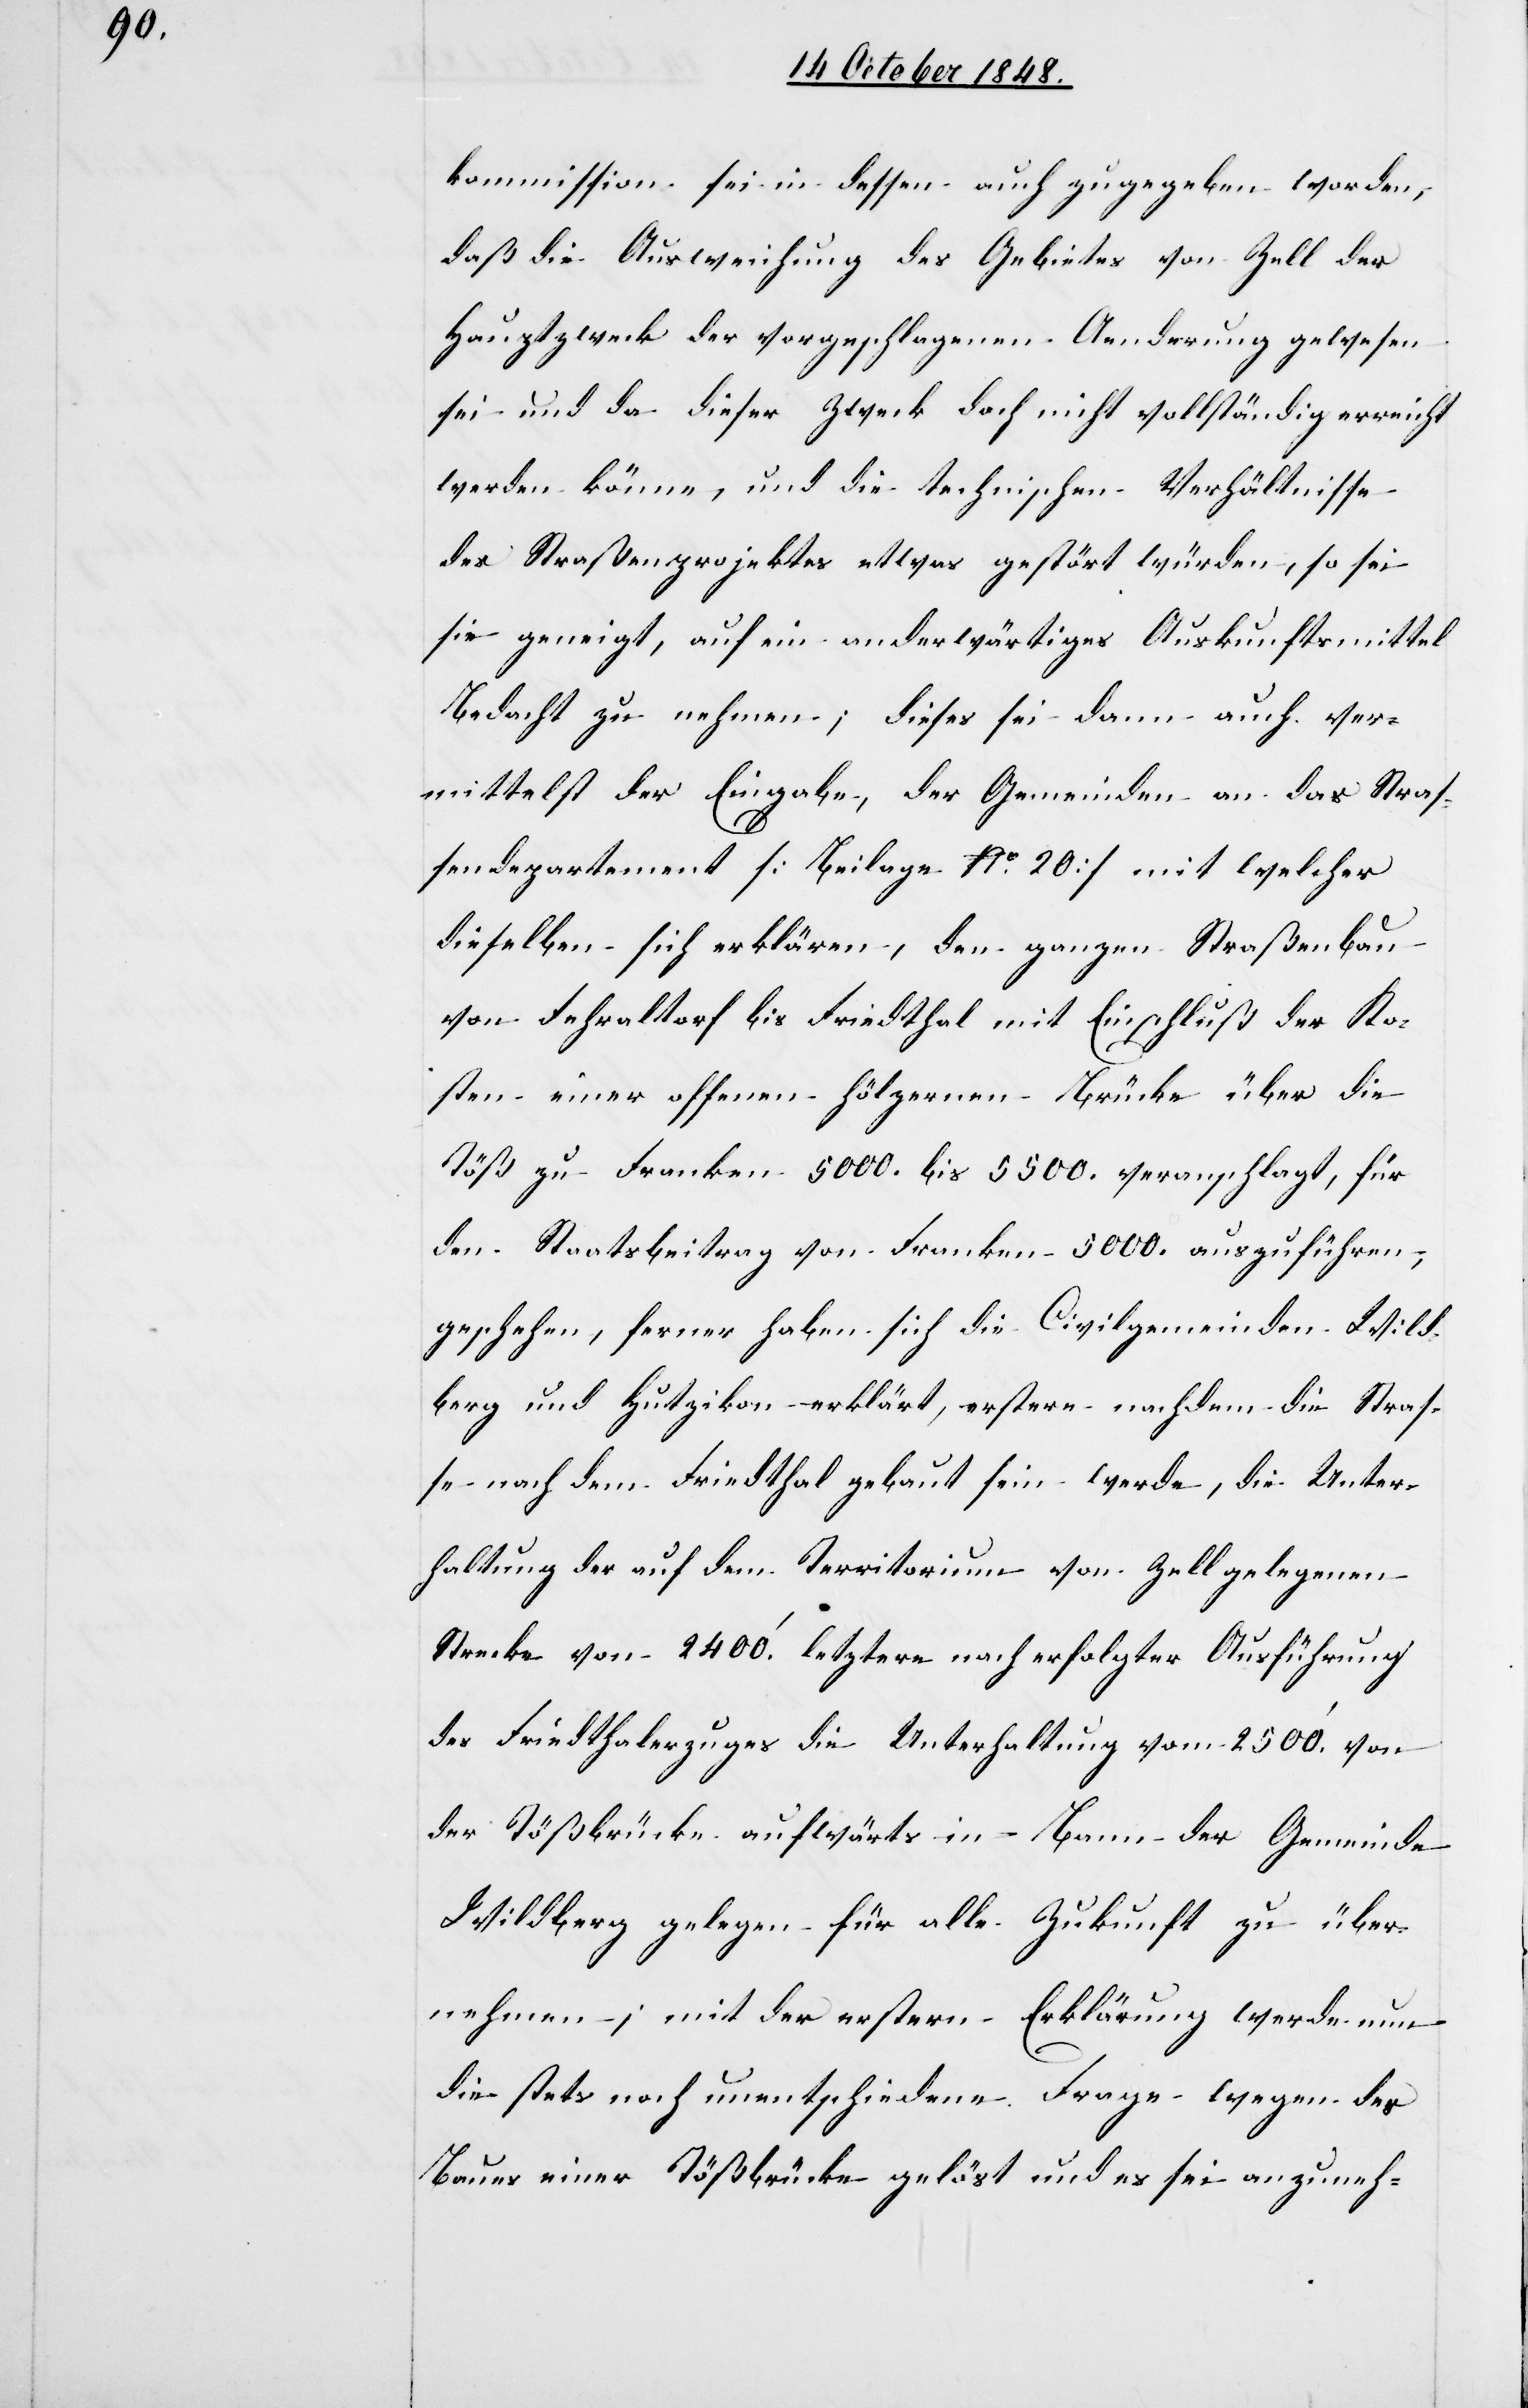
kommission sei in dessen auch zugegeben worden,
daß die Ausweichung des Gebietes von Zell der
Hauptzweck der vorgeschlagenen Aenderung gewesen
sei und da dieser Zweck doch nicht vollständig erreicht
werden könne, und die technischen Verhältnisse
des Straßenprojektes etwas gestört würden, so sei
sie geneigt, auf ein anderwärtiges Auskunftsmittel
Bedacht zu nehmen; dieses sei dann auch ver¬
mittelst der Eingabe, der Gemeinden an das Straß¬
endepartement [Beilage No 20] mit welcher
dieselben sich erklären, den ganzen Straßenbau
von Fehraltorf bis Friedthal mit Einschluß der Ko¬
sten einer offenen hölzernen Brücke über die
Töß zu Franken 5000. bis 5500. veranschlagt, für
den Staatsbeitrag von Franken 5000. auszuführen,
geschehen, ferner haben sich die Civilgmeinden Wild¬
berg und Hutzikon erklärt, erstere nachdem die Straß¬
e nach dem Friedthal gebaut sein werde, die Unter¬
haltung der auf dem Territorium von Zell gelegenen
Strecke von 2400’ letztere nach erfolgter Ausführung
des Friedthalerzuges die Unterhaltung vom [sic!] 2500’ von
der Tößbrücke aufwärts in Bann der Gemeinde
Wildberg gelegen für alle Zukunft zu über¬
nehmen; mit der erstern Erklärung werde nun
die stets noch unentschiedene Frage wegen des
Baues einer Tößbrücke gelöst und es sei anzuneh-